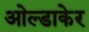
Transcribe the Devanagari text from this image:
ओल्डाकेर